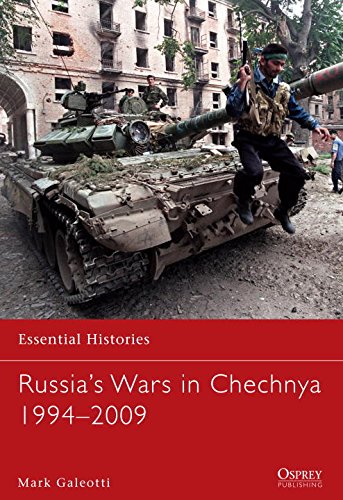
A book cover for Russia's Wars in Chechnya 1994-2009 (Essential Histories); Mark Galeotti; Arts & Photography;